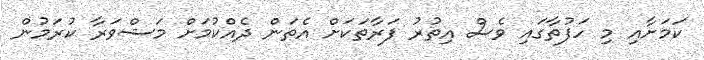
ކަމަށާއި މި ހަފުތާގައި ވެސް އިތުރު ފަރާތަކަށް އެތަން ދެއްކުމަށް މަޝްވަރާ ކުރަމުން